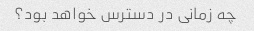
چه زمانی در دسترس خواهد بود؟